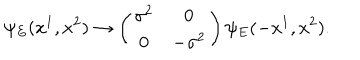
\psi _ { E } ( x ^ { 1 } , x ^ { 2 } ) \rightarrow \left( \begin{matrix} { { \sigma ^ { 2 } } } & { { 0 } } \\ { { 0 } } & { { - \sigma ^ { 2 } } } \\ \end{matrix} \right) \psi _ { E } ( - x ^ { 1 } , x ^ { 2 } ) .